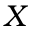
X